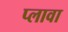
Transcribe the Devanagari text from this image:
प्लावा